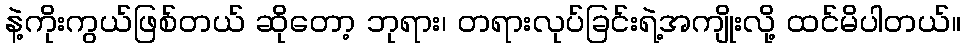
နဲ့ကိုးကွယ်ဖြစ်တယ် ဆိုတော့ ဘုရား၊ တရားလုပ်ခြင်းရဲ့အကျိုးလို့ ထင်မိပါတယ်။